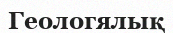
Геологялық